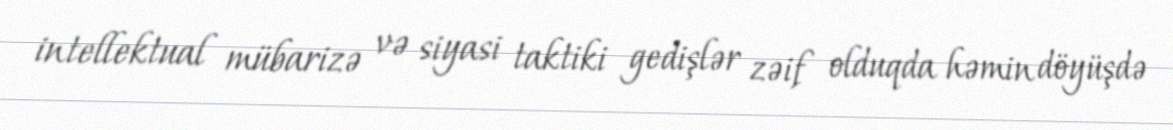
intellektual mübarizə və siyasi taktiki gedişlər zəif olduqda həmin döyüşdə